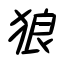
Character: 狼